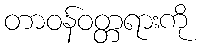
တာဝန်ဝတ္တရားကို